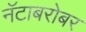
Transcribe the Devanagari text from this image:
नॅटाबरोबर